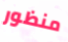
منظور